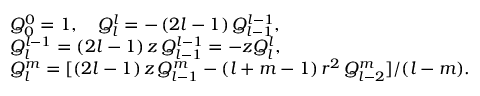
\begin{array} { r l } & { Q _ { 0 } ^ { 0 } = 1 , \quad Q _ { l } ^ { l } = - \, ( 2 l - 1 ) \, Q _ { l - 1 } ^ { l - 1 } , } \\ & { Q _ { l } ^ { l - 1 } = ( 2 l - 1 ) \, z \, Q _ { l - 1 } ^ { l - 1 } = - z Q _ { l } ^ { l } , } \\ & { Q _ { l } ^ { m } = [ ( 2 l - 1 ) \, z \, Q _ { l - 1 } ^ { m } - ( l + m - 1 ) \, r ^ { 2 } \, Q _ { l - 2 } ^ { m } ] / ( l - m ) . } \end{array}